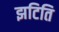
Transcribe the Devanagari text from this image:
झटिति